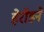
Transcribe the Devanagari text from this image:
हेरॉडने